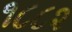
૧૮૮૨